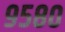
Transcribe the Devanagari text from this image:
९५८०